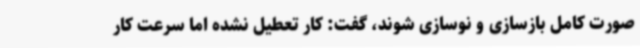
صورت کامل بازسازی و نوسازی شوند، گفت: کار تعطیل نشده اما سرعت کار